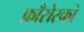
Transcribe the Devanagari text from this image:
फ्राँसेस्को